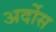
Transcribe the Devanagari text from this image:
अर्दोस